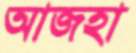
আজহা